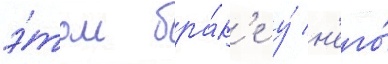
э́том бра́к'е у́ н'его́